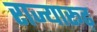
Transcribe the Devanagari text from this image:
राज्यारूढ़